Lunatic asylums Central Provinces reports 1874-1885 - 1874-1885
Year: 1874
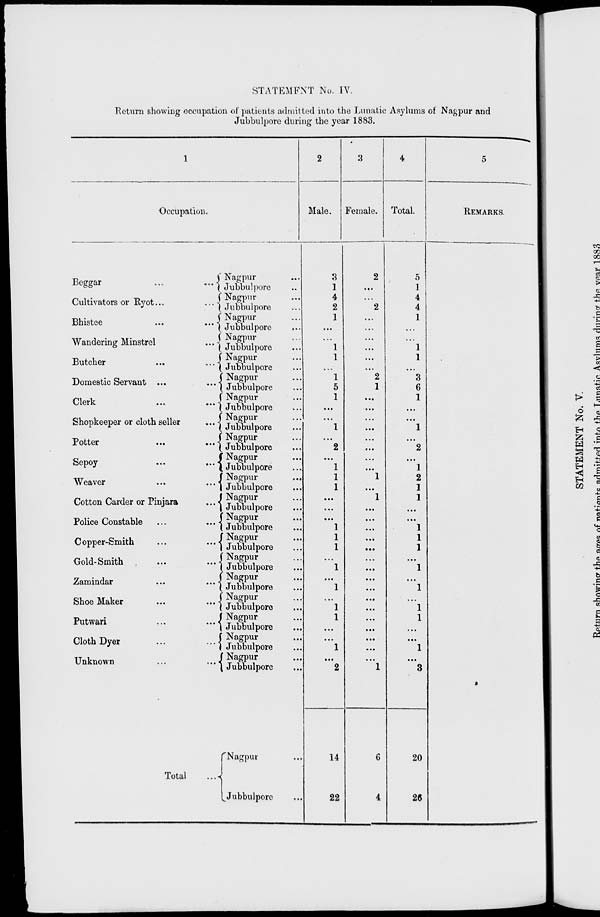
STATEMENT No. IV.
Return showing occupation of patients admitted into the Lunatic Asylums of Nagpur and
Jubbulpore during the year 1883.
1
Occupation.
Beggar
...
...
Cultivators or
Ryot...
...
Bhistee
...
...
Wandering Minstrel
...
Butcher
...
...
Domestic Servant
...
...
Clerk
...
...
Shopkeeper or cloth seller
...
Potter
...
...
Sepoy
...
...
Weaver
...
...
Cotton Carder or Pinjara
...
Police Constable ...
...
Copper-Smith
...
...
Gold-Smith
...
...
Zamindar
...
...
Shoe Maker
...
...
Putwari
...
...
Cloth Dyer
...
...
Unknown
...
...
Total
...
Nagpur ...
Jubbulpore ...
Nagpur ...
Jubbulpore ...
Nagpur ...
Jubbulpore ...
Nagpur ...
Jubbulpore ...
Nagpur ...
Jubbulpore ...
Nagpur ...
Jubbulpore ...
Nagpur ...
Jubbulpore ...
Nagpur ...
Jubbulpore ...
Nagpur ...
Jubbulpore ...
Nagpur ...
Jubbulpore ...
Nagpur ...
Jubbulpore ...
Nagpur ...
Jubbulpore ...
Nagpur ...
Jubbulpore ...
Nagpur ...
Jubbulpore ...
Nagpur ...
Jubbulpore ...
Nagpur ...
Jubbulpore ...
Nagpur ...
Jubbulpore ...
Nagpur ...
Jubbulpore ...
Nagpur ...
Jubbulpore ...
Nagpur ...
Jubbulpore ...
Nagpur ...
Jubbulpore ...
2
Male.
3
1
4
2
1
...
...
1
1
...
1
5
1
...
...
1
...
2
...
1
1
1
...
...
...
1
1
1
...
1
...
1
...
1
1
...
...
1
...
2
14
22
3
Female.
2
...
...
2
...
...
...
...
...
...
2
1
...
...
...
...
...
...
...
...
1
...
1
...
...
...
...
...
...
...
...
...
...
...
...
...
...
...
...
1
6
4
4
Total.
5
1
4
4
1
...
...
1
1
...
3
6
1
...
...
1
...
2
...
1
2
1
1
...
...
1
1
1
...
1
...
1
...
1
1
...
...
1
...
3
20
26
5
REMARKS.